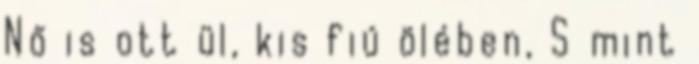
Nő is ott ül, kis fiú ölében, S mint